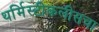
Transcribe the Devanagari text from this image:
थर्मिस्टीकलीसचा